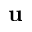
\mathbf { u }